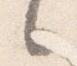
之